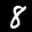
Label: 8